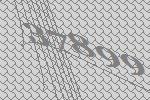
37899